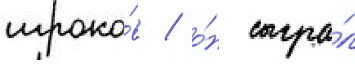
игроко́в / о́н сыгра́л